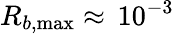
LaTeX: R_{b,\operatorname*{max}}\approx\, 10^{-3}